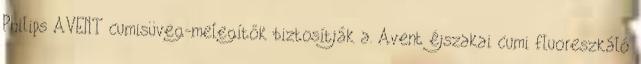
Philips AVENT cumisüveg-melegítők biztosítják a. Avent éjszakai cumi fluoreszkáló